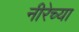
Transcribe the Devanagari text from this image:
नीरेच्या